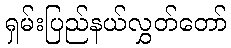
ရှမ်းပြည်နယ်လွှတ်တော်